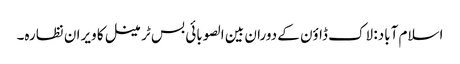
اسلام آباد: لاک ڈاؤن کے دوران بین الصوبائی بس ٹرمینل کا ویران نظارہ۔